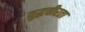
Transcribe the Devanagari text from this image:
युद्धवीरता